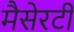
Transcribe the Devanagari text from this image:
मैसेरटी